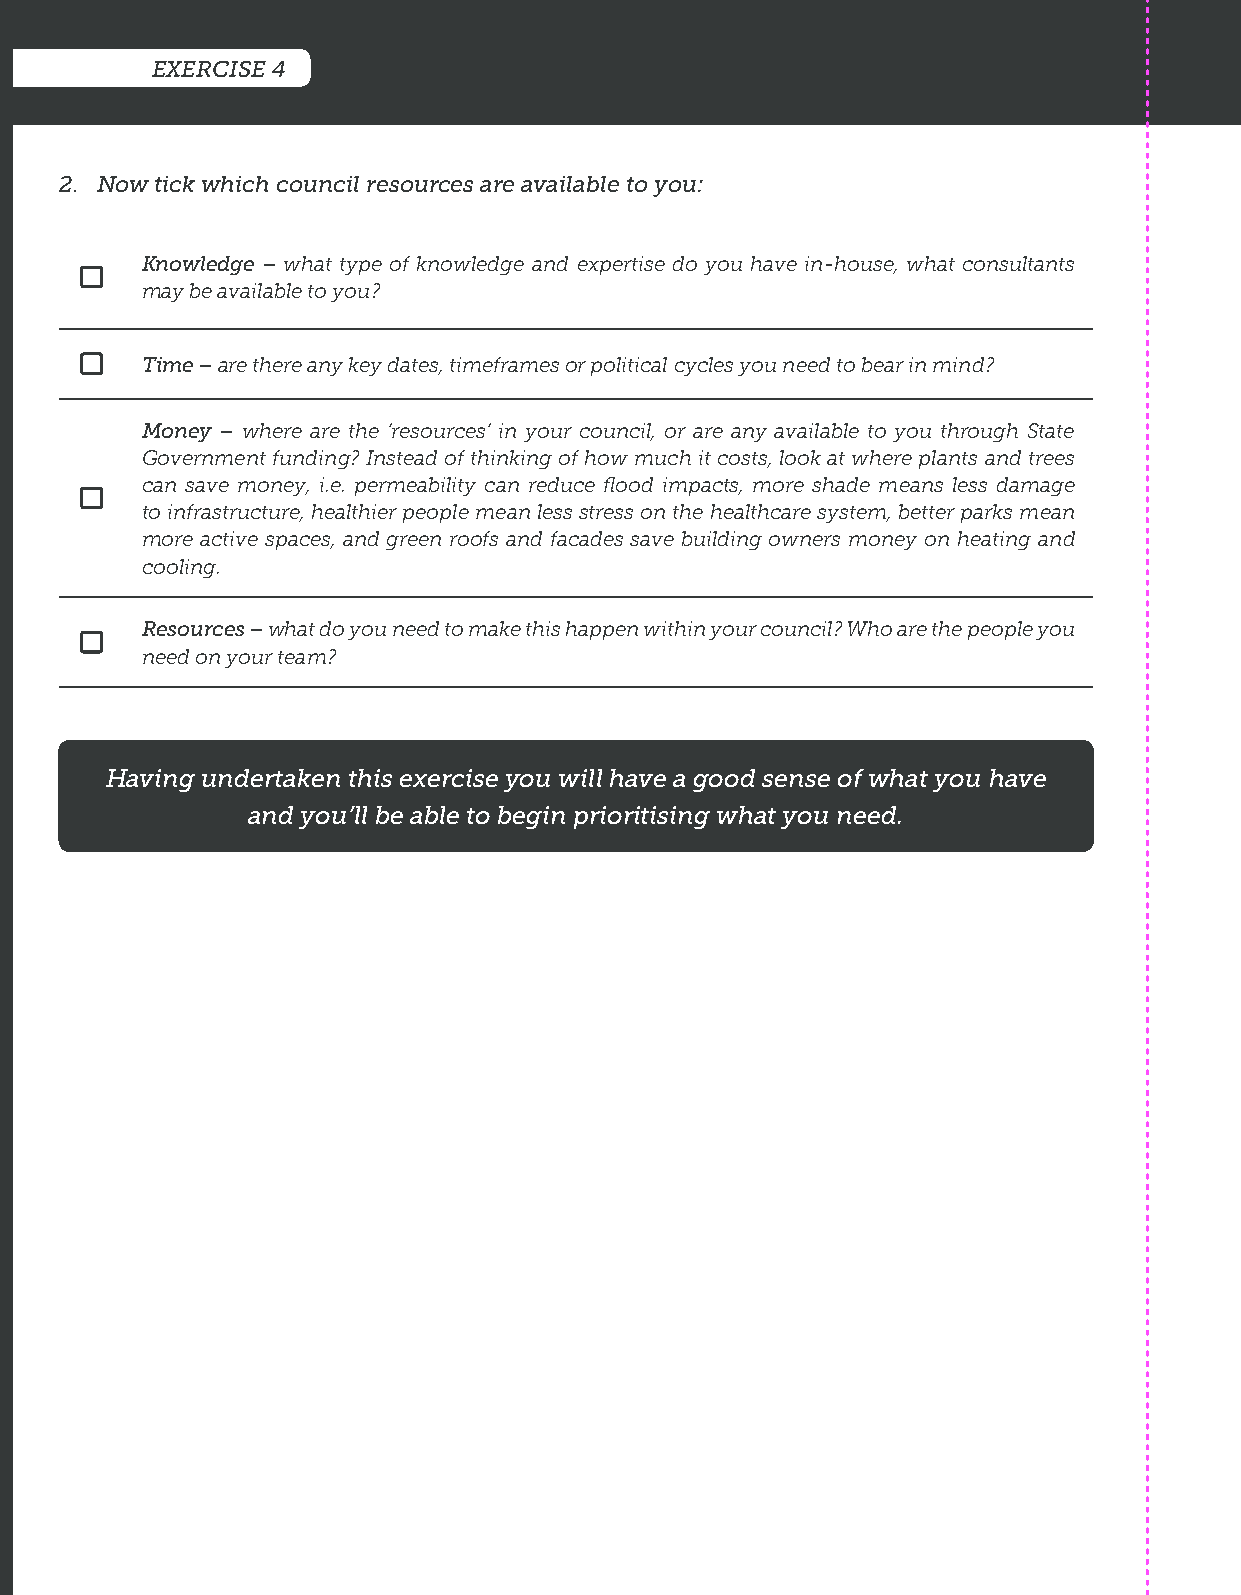
EXERCISE 4
 2. Now tick which council resources are available to you:
 Knowledge – what type of knowledge and expertise do you have in-house, what consultants
 may be available to you?
 Time – are there any key dates, timeframes or political cycles you need to bear in mind?
 Money – where are the ‘resources’ in your council, or are any available to you through State
 Government funding? Instead of thinking of how much it costs, look at where plants and trees
 can save money, i.e. permeability can reduce flood impacts, more shade means less damage
 to infrastructure, healthier people mean less stress on the healthcare system, better parks mean
 more active spaces, and green roofs and facades save building owners money on heating and
 cooling.
 Resources – what do you need to make this happen within your council? Who are the people you
 need on your team?
 Having undertaken this exercise you will have a good sense of what you have
 and you’ll be able to begin prioritising what you need.